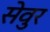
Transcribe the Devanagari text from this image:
सेवुर